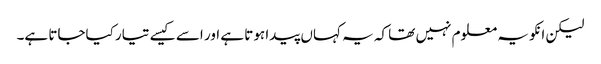
لیکن انکو یہ معلوم نہیں تھا کہ یہ کہاں پیدا ہوتا ہے اور اسے کیسے تیار کیاجاتا ہے۔